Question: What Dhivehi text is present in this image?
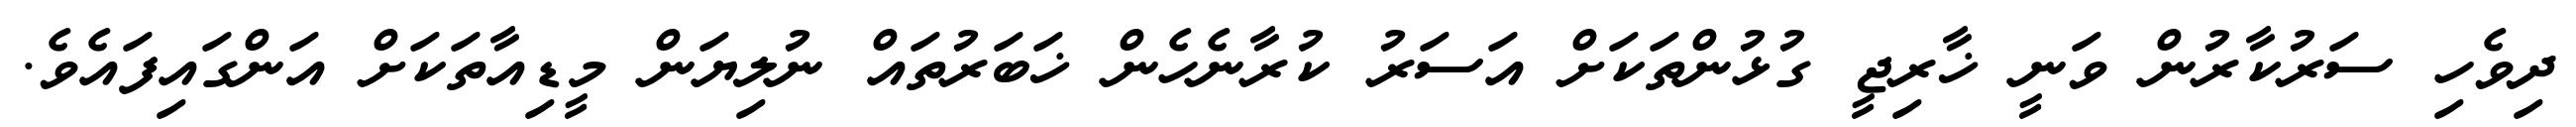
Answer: ދިވެހި ސަރުކާރުން ވަނީ ޚާރިޖީ ގުޅުންތަކަށް އަސަރު ކުރާނެހެން ޚަބަރުތައް ނުލިޔަން މީޑިއާތަކަށް އަންގައިފައެވެ.